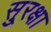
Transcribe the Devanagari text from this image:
सु्रक्षा